Calcutta medical institutions reports 1892-1900
Year: 1892
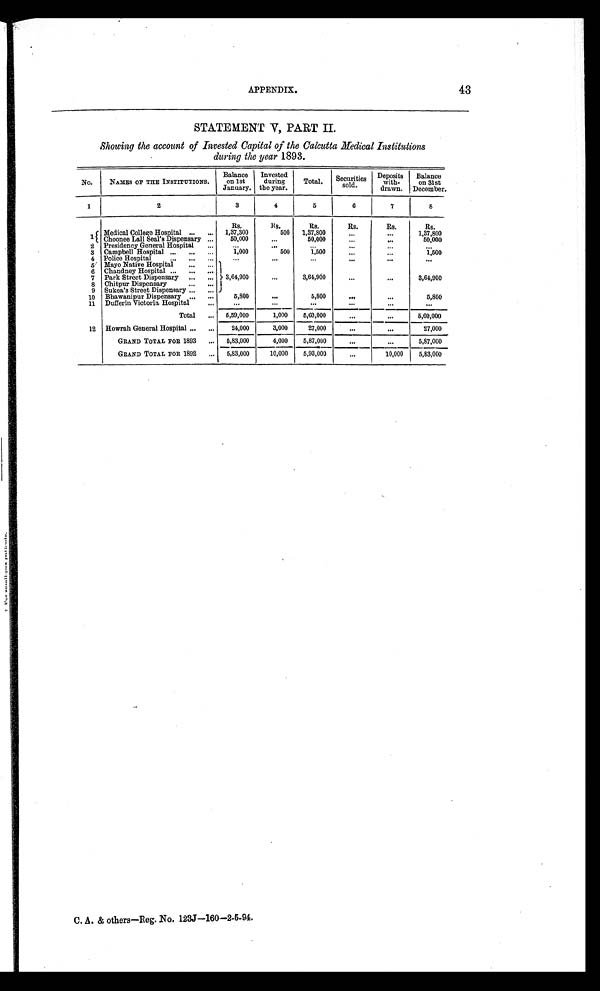
APPENDIX.
43
STATEMENT V, PART II.
Showing the account of Invested Capital of the Calcutta Medical Institutions
during the year 1893.
No.
NAMES OF THE INSTITUTIONS.
Balance
on 1st
January.
Invested
during
the year.
Total. Securities
sold.
Deposits
with-
drawn.
Balance
on 31st
December.
1
2
3
4
5
6
7
8
Rs.
R s . Rs.
Rs.
Rs.
Rs.
1 Medical College Hospital ... ... 1,37,300
500 1,37,800
...
...
1,37,800
Choonee Lall Seal's Dispensary ...
50,000
...
50,000
...
. . . 50,000
2 Presidency General Hospital
...
... ...
...
...
...
...
3 Campbell Hospital . . .
... ...
1,000
500
1,500
... ...
1,500
4 Police Hospital
...
... ...
...
... ... ... ...
...
5 Mayo Native Hospital
...
...
3,64,900
6 Chandney Hospital ... ...
...
7 Park Street Dispensary ... ...
...
3,64,900
...
...
3,64,900
8 Chitpur Dispensary
... ...
9 Sukea's Street Dispensary ...
...
10 Bhawanipur Dispensary ... ...
5,800
...
5,800
...
...
5,800
11 Dufferin Victoria Hospital
...
...
...
...
...
...
...
Total ... 5,59,000
1,000
5,60,000
...
...
5,60,000
12 Howrah General Hospital
... ...
24,000
3,000
27,000
... ...
27,000
GRAND TOTAL FOR 1893 ... 5,83,000
4,000
5,87,000
... ...
5,87,000
GRAND TOTAL FOR 1892 ... 5,83,000
10,000
5,93,000
...
10,000
5,83,000
C. A. & others—Reg. No. 123J—160—2-5-94.